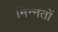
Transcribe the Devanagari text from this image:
मिन्नतों